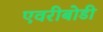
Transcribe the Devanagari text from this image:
एवरीबोडी